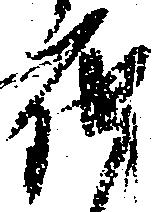
届